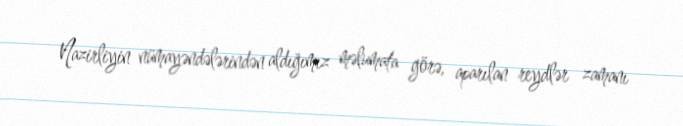
Nazirliyin nümayəndələrindən aldığımız məlumata görə, aparılan reydlər zamanı